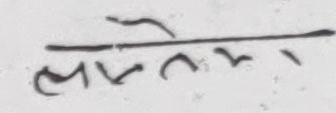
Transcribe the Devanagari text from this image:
लोकेशना